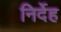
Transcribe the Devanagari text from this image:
निर्देह